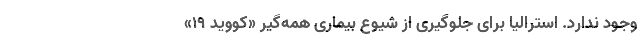
وجود ندارد. استرالیا برای جلوگیری از شیوع بیماری همه‌گیر «کووید ۱۹»